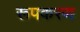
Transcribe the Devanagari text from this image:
रूपकरण